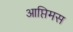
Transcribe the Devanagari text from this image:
आप्तिमस